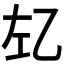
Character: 𰏇